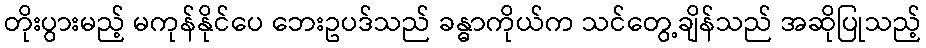
တိုးပွားမည့် မကုန်နိုင်ပေ ဘေးဥပဒ်သည် ခန္ဓာကိုယ်က သင်တွေ့ချိန်သည် အဆိုပြုသည့်